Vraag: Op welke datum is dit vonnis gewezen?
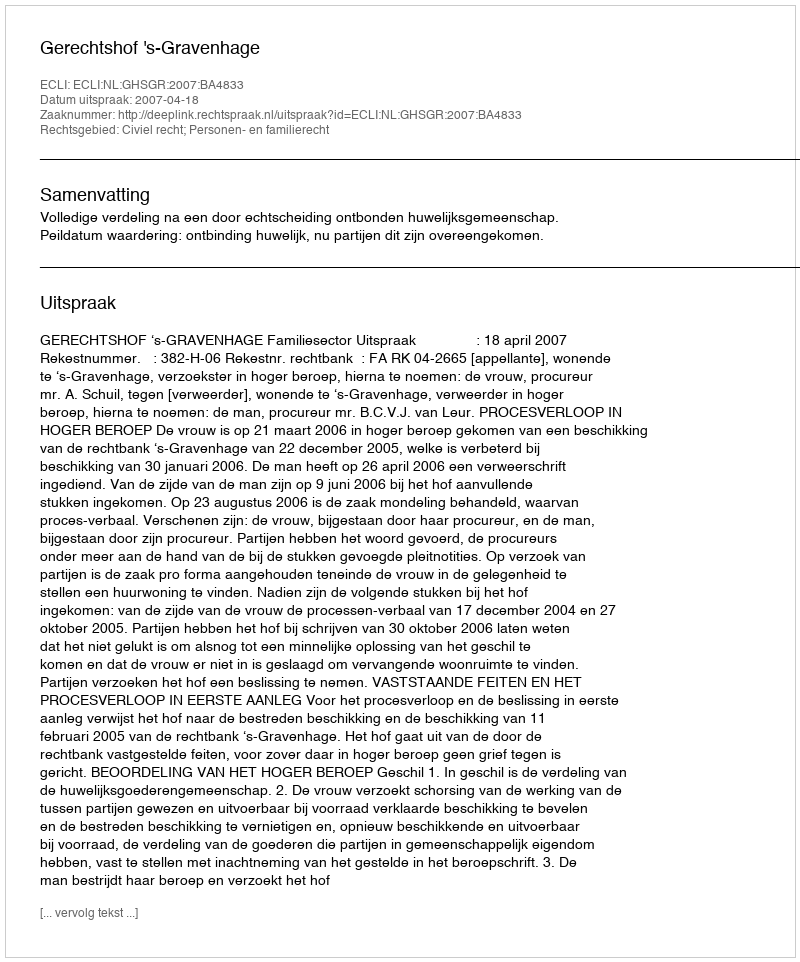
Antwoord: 2007-04-18